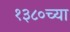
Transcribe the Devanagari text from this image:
१३८०च्या